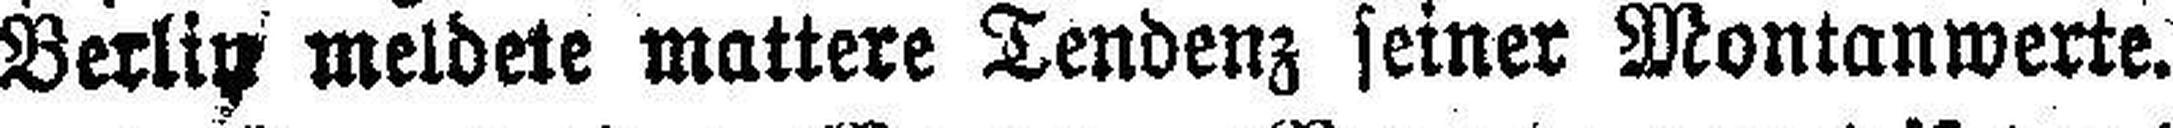
Berlin meldete mattere Tendenz seiner Montanwerte.